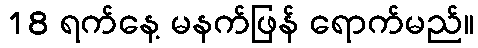
18 ရက်နေ့ မနက်ဖြန် ရောက်မည်။